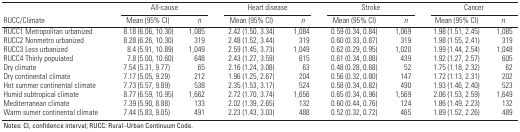
<table><thead><tr><td rowspan="2"><b>RUCC/Climate</b></td><td colspan="2"><b>All-cause</b></td><td colspan="2"><b>Heart disease</b></td><td colspan="2"><b>Stroke</b></td><td colspan="2"><b>Cancer</b></td></tr><tr><td><b>Mean (95% CI)</b></td><td><b><i>n</i></b></td><td><b>Mean (95% CI)</b></td><td><b><i>n</i></b></td><td><b>Mean (95% CI)</b></td><td><b><i>n</i></b></td><td><b>Mean (95% CI)</b></td><td><b><i>n</i></b></td></tr></thead><tbody><tr><td><b>RUCC1 Metropolitan urbanized</b></td><td>8.18 (6.06, 10.30) </td><td>1,085</td><td>2.42 (1.50, 3.34) </td><td>1,084</td><td>0.59 (0.34, 0.84) </td><td>1,069</td><td>1.98 (1.51, 2.45) </td><td>1,085</td></tr><tr><td><b>RUCC2 Nonmetro urbanized</b></td><td>8.28 (6.26, 10.30) </td><td>319</td><td>2.48 (1.52, 3.44) </td><td>319</td><td>0.60 (0.33, 0.87) </td><td>319</td><td>1.98 (1.55, 2.41) </td><td>319</td></tr><tr><td><b>RUCC3 Less urbanized</b></td><td>8.4 (5.91, 10.89) </td><td>1,049</td><td>2.59 (1.45, 3.73) </td><td>1,049</td><td>0.62 (0.29, 0.95) </td><td>1,020</td><td>1.99 (1.44, 2.54) </td><td>1,048</td></tr><tr><td><b>RUCC4 Thinly populated</b></td><td>7.8 (5.00, 10.60) </td><td>648</td><td>2.43 (1.27, 3.59) </td><td>615</td><td>0.61 (0.34, 0.88) </td><td>439</td><td>1.92 (1.27, 2.57) </td><td>605</td></tr><tr><td><b>Dry climate </b></td><td>7.54 (5.31, 9.77) </td><td>65</td><td>2.16 (1.24, 3.08) </td><td>63</td><td>0.48 (0.28, 0.68) </td><td>52</td><td>1.75 (1.18, 2.32) </td><td>62</td></tr><tr><td><b>Dry continental climate</b></td><td>7.17 (5.05, 9.29) </td><td>212</td><td>1.96 (1.25, 2.67) </td><td>204</td><td>0.56 (0.32, 0.80) </td><td>147</td><td>1.72 (1.13, 2.31) </td><td>202</td></tr><tr><td><b>Hot summer continental climate</b></td><td>7.73 (5.57, 9.89) </td><td>538</td><td>2.35 (1.53, 3.17) </td><td>524</td><td>0.58 (0.34, 0.82) </td><td>490</td><td>1.93 (1.46, 2.40) </td><td>523</td></tr><tr><td><b>Humid subtropical climate</b></td><td>8.77 (6.59, 10.95) </td><td>1,662</td><td>2.72 (1.70, 3.74) </td><td>1,656</td><td>0.65 (0.34, 0.96) </td><td>1,569</td><td>2.06 (1.53, 2.59) </td><td>1,649</td></tr><tr><td><b>Mediterranean climate</b></td><td>7.39 (5.90, 8.88) </td><td>133</td><td>2.02 (1.39, 2.65) </td><td>132</td><td>0.60 (0.44, 0.76) </td><td>124</td><td>1.86 (1.49, 2.23) </td><td>132</td></tr><tr><td><b>Warm sumer continental climate</b></td><td>7.44 (5.83, 9.05) </td><td>491</td><td>2.23 (1.43, 3.03) </td><td>488</td><td>0.52 (0.32, 0.72) </td><td>465</td><td>1.89 (1.52, 2.26) </td><td>489</td></tr><tr><td colspan="9">Notes: CI, confidence interval; RUCC: Rural–Urban Continuum Code.</td></tr></tbody></table>